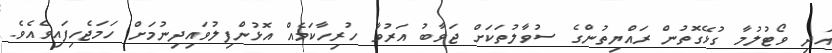
އަދި ވޯޓުލުމާ ގުޅޭގޮތުން ރައްޔިތުންގެ ސުވާލުތަކަށް ޖަވާބު އަރުވާ ހުރިހާކަމެއް އޮޅުންފިލުވައިދިނުމަށް ހަމަޖެހިފައިވެއެވެ.